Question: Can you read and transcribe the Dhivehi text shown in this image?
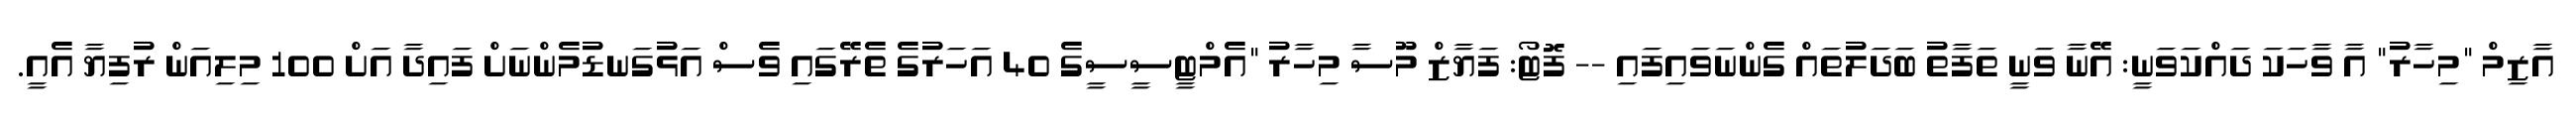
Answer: އާޒިމް "މިހާރު" އާ ވާހަކަ ދައްކަވަނީ: އޭނާ ވަނީ ތަފާތު ބަދަލުތައް ގެންނަވައިފައި -- ފޮޓޯ: ފަޔާޒް މޫސާ މިހާރު "އެމްޓީސީސީގެ 40 އަހަރުގެ ތެރޭގައި ވެސް އަޅުގަނޑުމެންނަށް ފައިދާ އަށް 100 މިލިއަން ރުފިޔާ އެއީ.